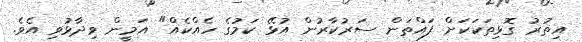
އިތުރު ގޮޅިތަކަކަށް ފައްތަން ސަރުކާރުން އުޅޭ ކަމުގެ ހެއްކެއް" އަމީން ވިދާޅުވި އެވެ.